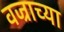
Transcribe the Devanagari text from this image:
वज्राच्या